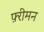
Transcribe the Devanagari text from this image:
फ़्रीमन